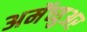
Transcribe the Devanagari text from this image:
अमॅच्युअर